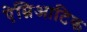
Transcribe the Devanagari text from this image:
ऐम्निआटिक